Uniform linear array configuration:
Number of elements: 16
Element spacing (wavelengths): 0.25
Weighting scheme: exponential
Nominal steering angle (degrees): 45
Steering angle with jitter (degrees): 43.847
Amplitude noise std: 0.05
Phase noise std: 0.05

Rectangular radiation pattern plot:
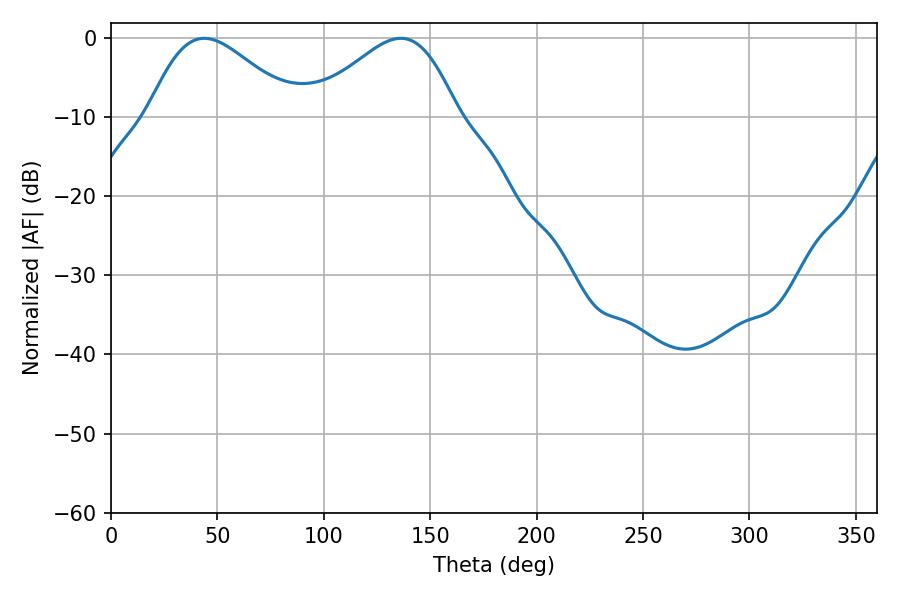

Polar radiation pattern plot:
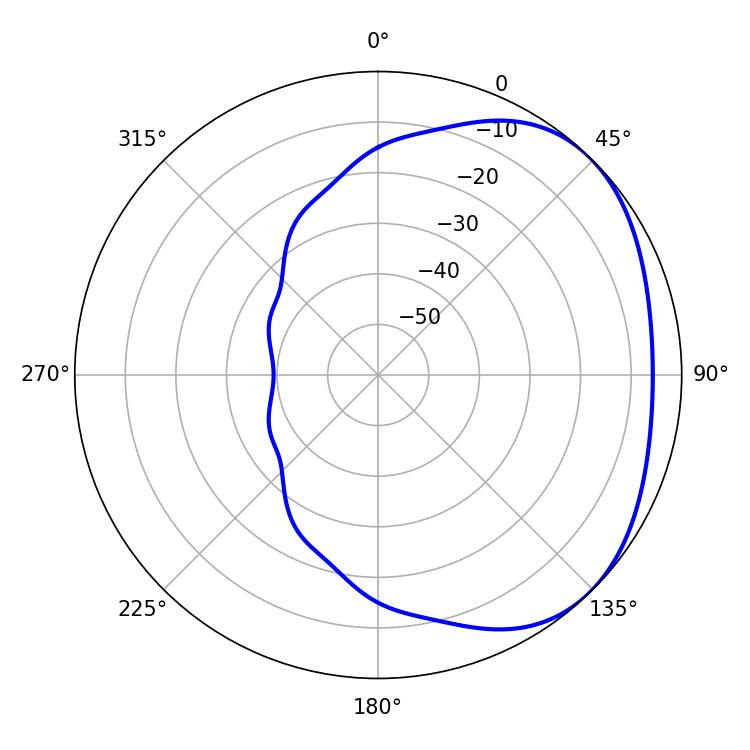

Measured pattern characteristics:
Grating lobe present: FALSE
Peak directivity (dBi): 2.744
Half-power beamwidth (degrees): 36.72
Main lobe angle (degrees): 43.74